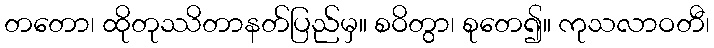
တတော၊ ထိုတုဿိတာနတ်ပြည်မှ။ စဝိတွာ၊ စုတေ၍။ ကုသလာဝတီ၊